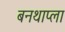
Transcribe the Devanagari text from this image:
बनथाप्ला